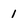
Character: 1